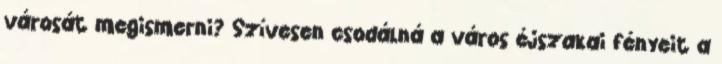
városát megismerni? Szívesen csodálná a város éjszakai fényeit a